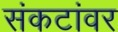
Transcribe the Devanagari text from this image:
संकटांवर